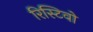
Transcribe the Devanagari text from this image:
रिस्टिवो